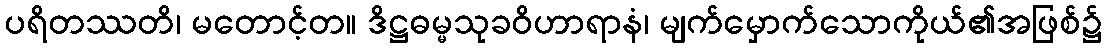
ပရိတဿတိ၊ မတောင့်တ။ ဒိဋ္ဌဓမ္မသုခဝိဟာရာနံ၊ မျက်မှောက်သောကိုယ်၏အဖြစ်၌